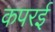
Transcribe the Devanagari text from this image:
कपरई